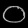
Digit: ၀